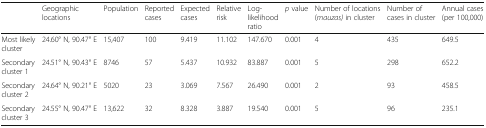
<table><thead><tr><td></td><td><b>Geographic locations</b></td><td><b>Population</b></td><td><b>Reported cases</b></td><td><b>Expected cases</b></td><td><b>Relative risk</b></td><td><b>Log-likelihood ratio</b></td><td><b><i>p</i> value</b></td><td><b>Number of locations (<i>mauzas)</i> in cluster</b></td><td><b>Number of cases in cluster</b></td><td><b>Annual cases (per 100,000)</b></td></tr></thead><tbody><tr><td>Most likely cluster</td><td>24.60° N, 90.47° E</td><td>15,407</td><td>100</td><td>9.419</td><td>11.102</td><td>147.670</td><td>0.001</td><td>4</td><td>435</td><td>649.5</td></tr><tr><td>Secondary cluster 1</td><td>24.51° N, 90.43° E</td><td>8746</td><td>57</td><td>5.437</td><td>10.932</td><td>83.887</td><td>0.001</td><td>5</td><td>298</td><td>652.2</td></tr><tr><td>Secondary cluster 2</td><td>24.64° N, 90.21° E</td><td>5020</td><td>23</td><td>3.069</td><td>7.567</td><td>26.490</td><td>0.001</td><td>2</td><td>93</td><td>458.5</td></tr><tr><td>Secondary cluster 3</td><td>24.55° N, 90.47° E</td><td>13,622</td><td>32</td><td>8.328</td><td>3.887</td><td>19.540</td><td>0.001</td><td>5</td><td>96</td><td>235.1</td></tr></tbody></table>